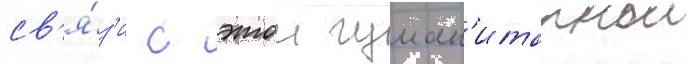
св'я́з'и с этои гуман'итарнои